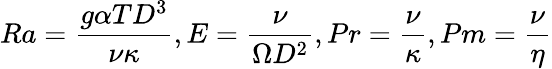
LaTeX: Ra={\frac{g\alpha TD^{3}}{\nu\kappa}},E={\frac{\nu}{\Omega D^{2}}},Pr={\frac{\nu}{\kappa}},Pm={\frac{\nu}{\eta}}